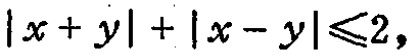
\(|x + y| + |x - y|\leqslant2\)